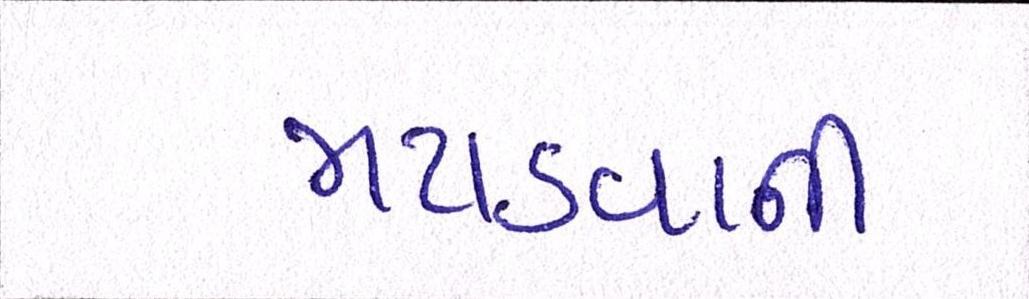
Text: મટાડવાની